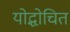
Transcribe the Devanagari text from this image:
योद्धोचित